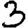
Digit: 3